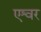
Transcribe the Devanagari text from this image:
एश्वर